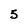
Character: 5